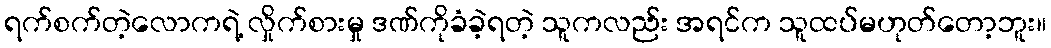
ရက်စက်တဲ့လောကရဲ့ လှိုက်စားမှု ဒဏ်ကိုခံခဲ့ရတဲ့ သူကလည်း အရင်က သူထပ်မဟုတ်တော့ဘူး။